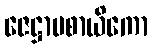
ဇေဋ္ဌာပစာယိကော